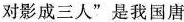
对影成三人”是我国唐